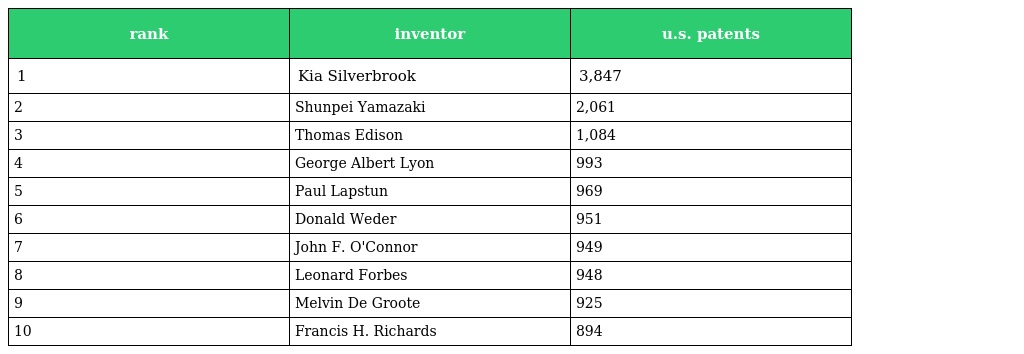
| rank | inventor | u.s. patents |
 | --- | --- | --- |
 | 1 | Kia Silverbrook | 3,847 |
 | 2 | Shunpei Yamazaki | 2,061 |
 | 3 | Thomas Edison | 1,084 |
 | 4 | George Albert Lyon | 993 |
 | 5 | Paul Lapstun | 969 |
 | 6 | Donald Weder | 951 |
 | 7 | John F. O'Connor | 949 |
 | 8 | Leonard Forbes | 948 |
 | 9 | Melvin De Groote | 925 |
 | 10 | Francis H. Richards | 894 |